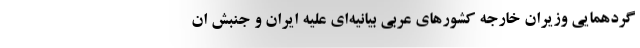
گردهمایی وزیران خارجه کشورهای عربی بیانیه‌ای علیه ایران و جنبش ان